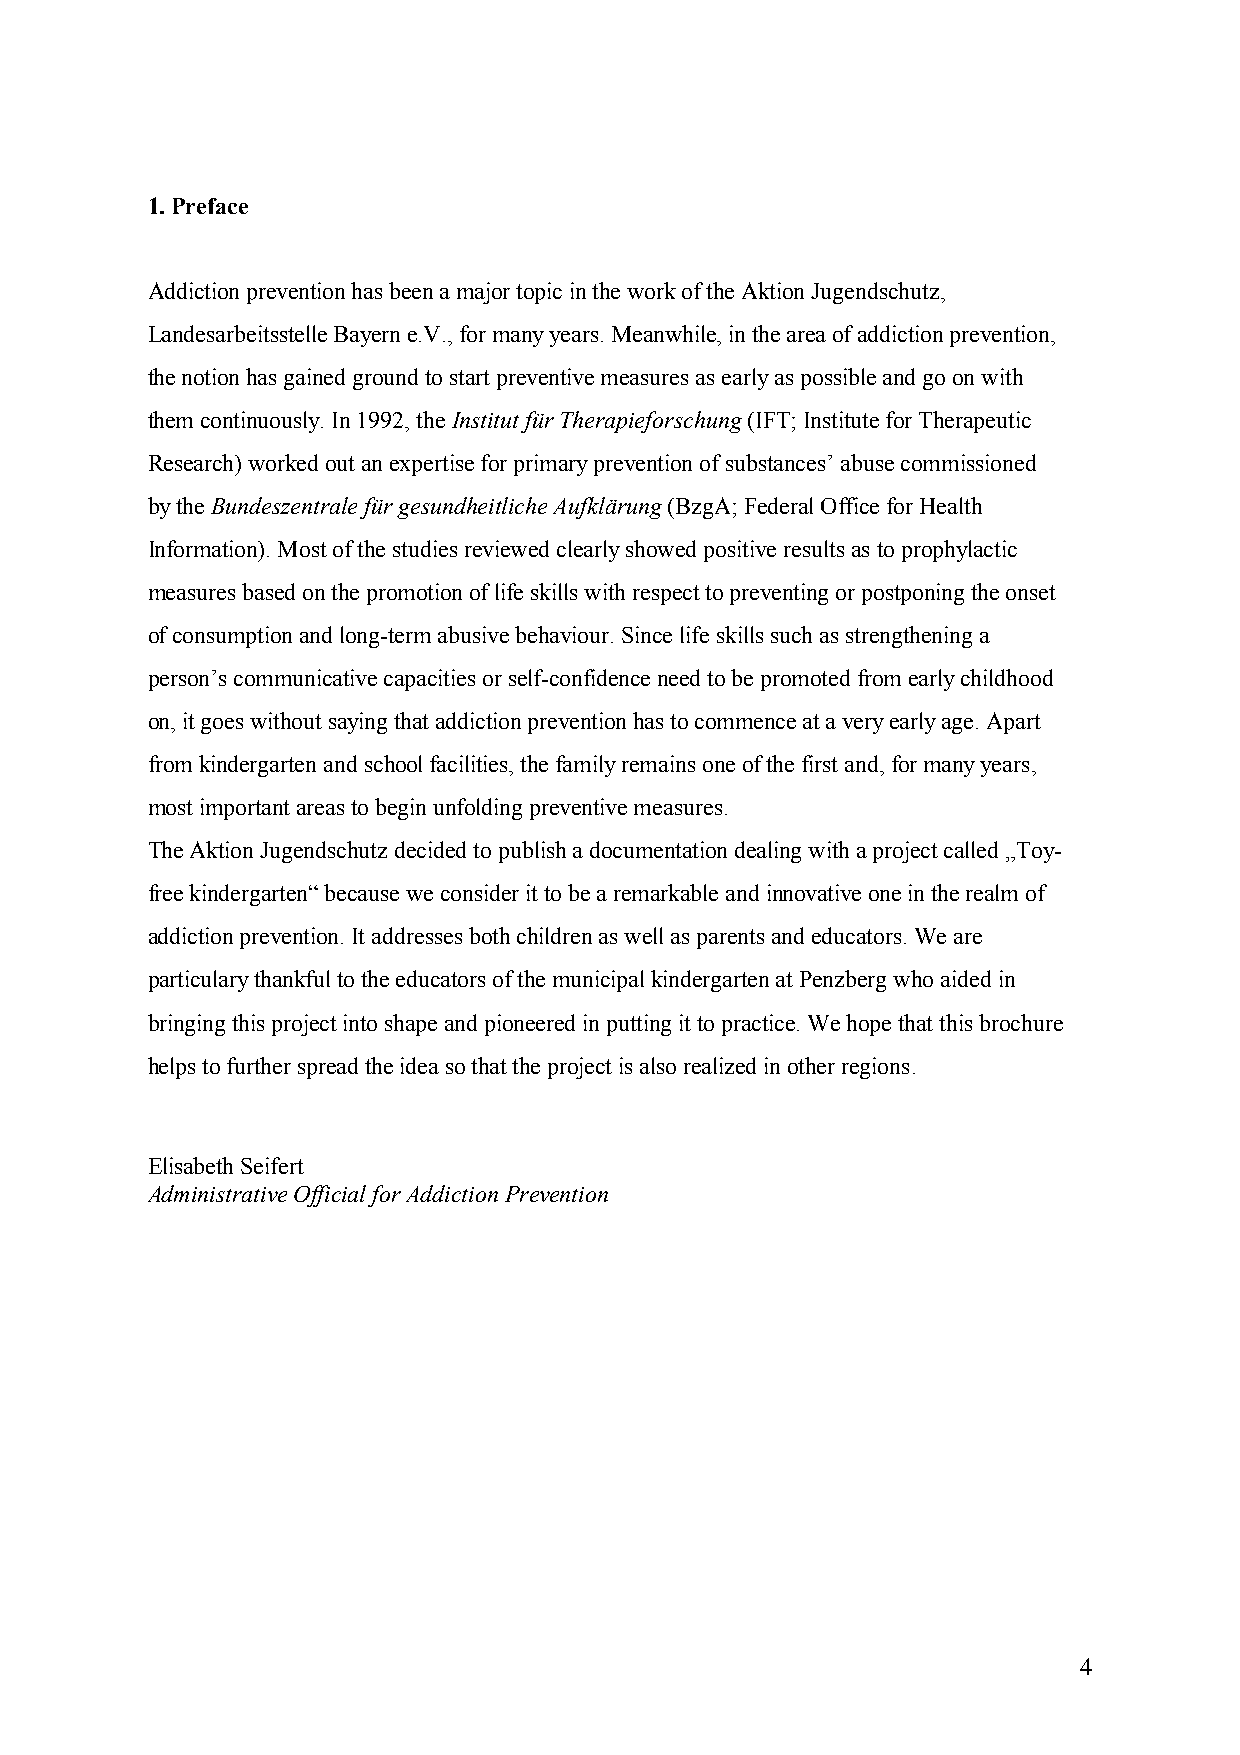
1. Preface
 Addiction prevention has been a major topic in the work of the Aktion Jugendschutz,
 Landesarbeitsstelle Bayern e.V., for many years. Meanwhile, in the area of addiction prevention,
 the notion has gained ground to start preventive measures as early as possible and go on with
 them continuously. In 1992, the Institut für Therapieforschung (IFT; Institute for Therapeutic
 Research) worked out an expertise for primary prevention of substances’ abuse commissioned
 by the Bundeszentrale für gesundheitliche Aufklärung (BzgA; Federal Office for Health
 Information). Most of the studies reviewed clearly showed positive results as to prophylactic
 measures based on the promotion of life skills with respect to preventing or postponing the onset
 of consumption and long-term abusive behaviour. Since life skills such as strengthening a
 person’s communicative capacities or self-confidence need to be promoted from early childhood
 on, it goes without saying that addiction prevention has to commence at a very early age. Apart
 from kindergarten and school facilities, the family remains one of the first and, for many years,
 most important areas to begin unfolding preventive measures.
 The Aktion Jugendschutz decided to publish a documentation dealing with a project called „Toy-
 free kindergarten“ because we consider it to be a remarkable and innovative one in the realm of
 addiction prevention. It addresses both children as well as parents and educators. We are
 particulary thankful to the educators of the municipal kindergarten at Penzberg who aided in
 bringing this project into shape and pioneered in putting it to practice. We hope that this brochure
 helps to further spread the idea so that the project is also realized in other regions.
 Elisabeth Seifert
 Administrative Official for Addiction Prevention
 4